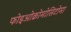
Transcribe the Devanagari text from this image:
फोइओक्रोमोसिटोमा